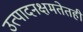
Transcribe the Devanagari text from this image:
उत्पादनक्षमतेतही